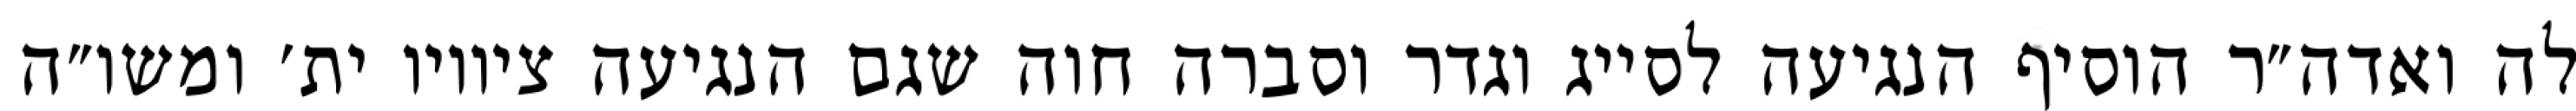
לה ואדה״ר הוסיף הנגיעה לסייג וגדר וסברה חוה שגם הנגיעה ציוויו ית׳ ומשו״ה